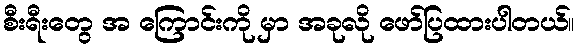
စီးရီးတွေ အ ကြောင်းကို မှာ အခုလို ဖော်ပြထားပါတယ်။